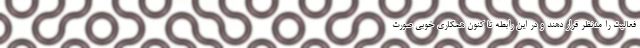
فعالیت را مدنظر قرار دهند و در این رابطه تا کنون همکاری خوبی صورت